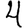
Digit: 4